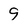
Character: 9